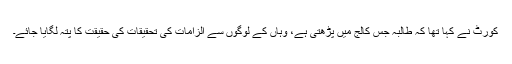
کورٹ نے کہا تھا کہ طالبہ جس کالج میں پڑھتی ہے، وہاں کے لوگوں سے الزامات کی تحقیقات کی حقیقت کا پتہ لگایا جائے۔